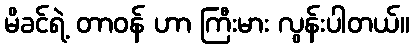
မိခင်ရဲ့ တာဝန် ဟာ ကြီးမား လွန်းပါတယ်။